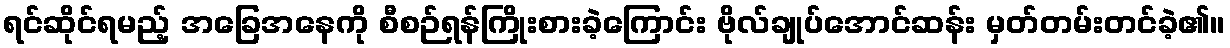
ရင်ဆိုင်ရမည့် အခြေအနေကို စီစဉ်ရန်ကြိုးစားခဲ့ကြောင်း ဗိုလ်ချုပ်အောင်ဆန်း မှတ်တမ်းတင်ခဲ့၏။